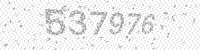
Solution: 537976